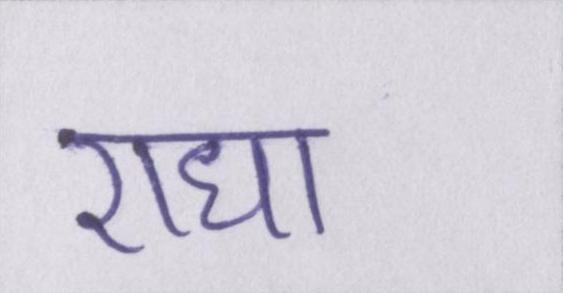
राधा